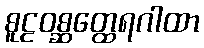
စူဠဝစ္ဆတ္ထေရဂါထာ